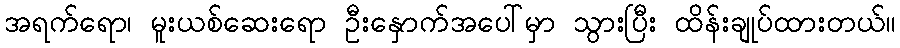
အရက်ရော၊ မူးယစ်ဆေးရော ဦးနှောက်အပေါ်မှာ သွားပြီး ထိန်းချုပ်ထားတယ်။